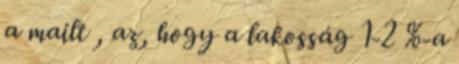
a mailt , az, hogy a lakosság 1-2 %-a